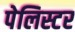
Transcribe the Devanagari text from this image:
पेलिस्टर